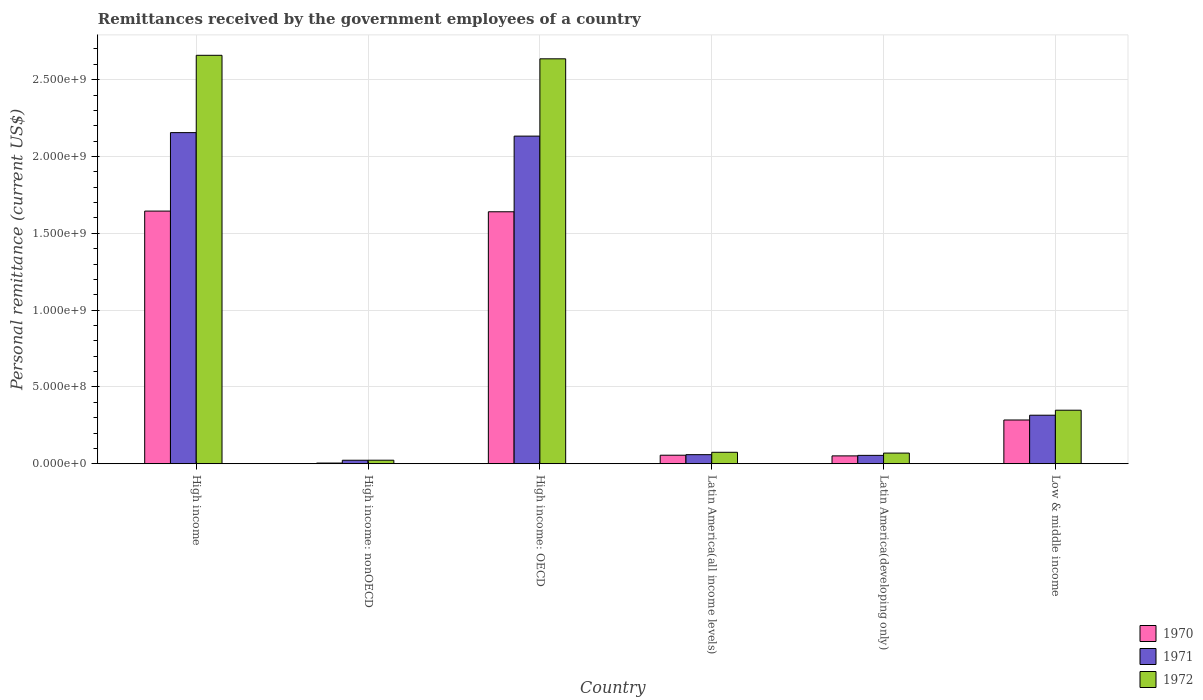
| Country | 1970 | 1971 | 1972 |
 | --- | --- | --- | --- |
 | High income | 1.64e+09 | 2.16e+09 | 2.66e+09 |
 | High income: nonOECD | 4.4e+06 | 2.28e+07 | 2.29e+07 |
 | High income: OECD | 1.64e+09 | 2.13e+09 | 2.64e+09 |
 | Latin America(all income levels) | 5.55e+07 | 5.91e+07 | 7.45e+07 |
 | Latin America(developing only) | 5.11e+07 | 5.45e+07 | 6.94e+07 |
 | Low & middle income | 2.85e+08 | 3.16e+08 | 3.48e+08 |